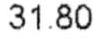
31.80